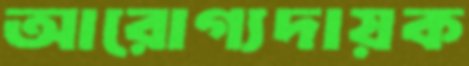
আরোগ্যদায়ক